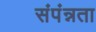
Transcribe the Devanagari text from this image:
संपंन्नता